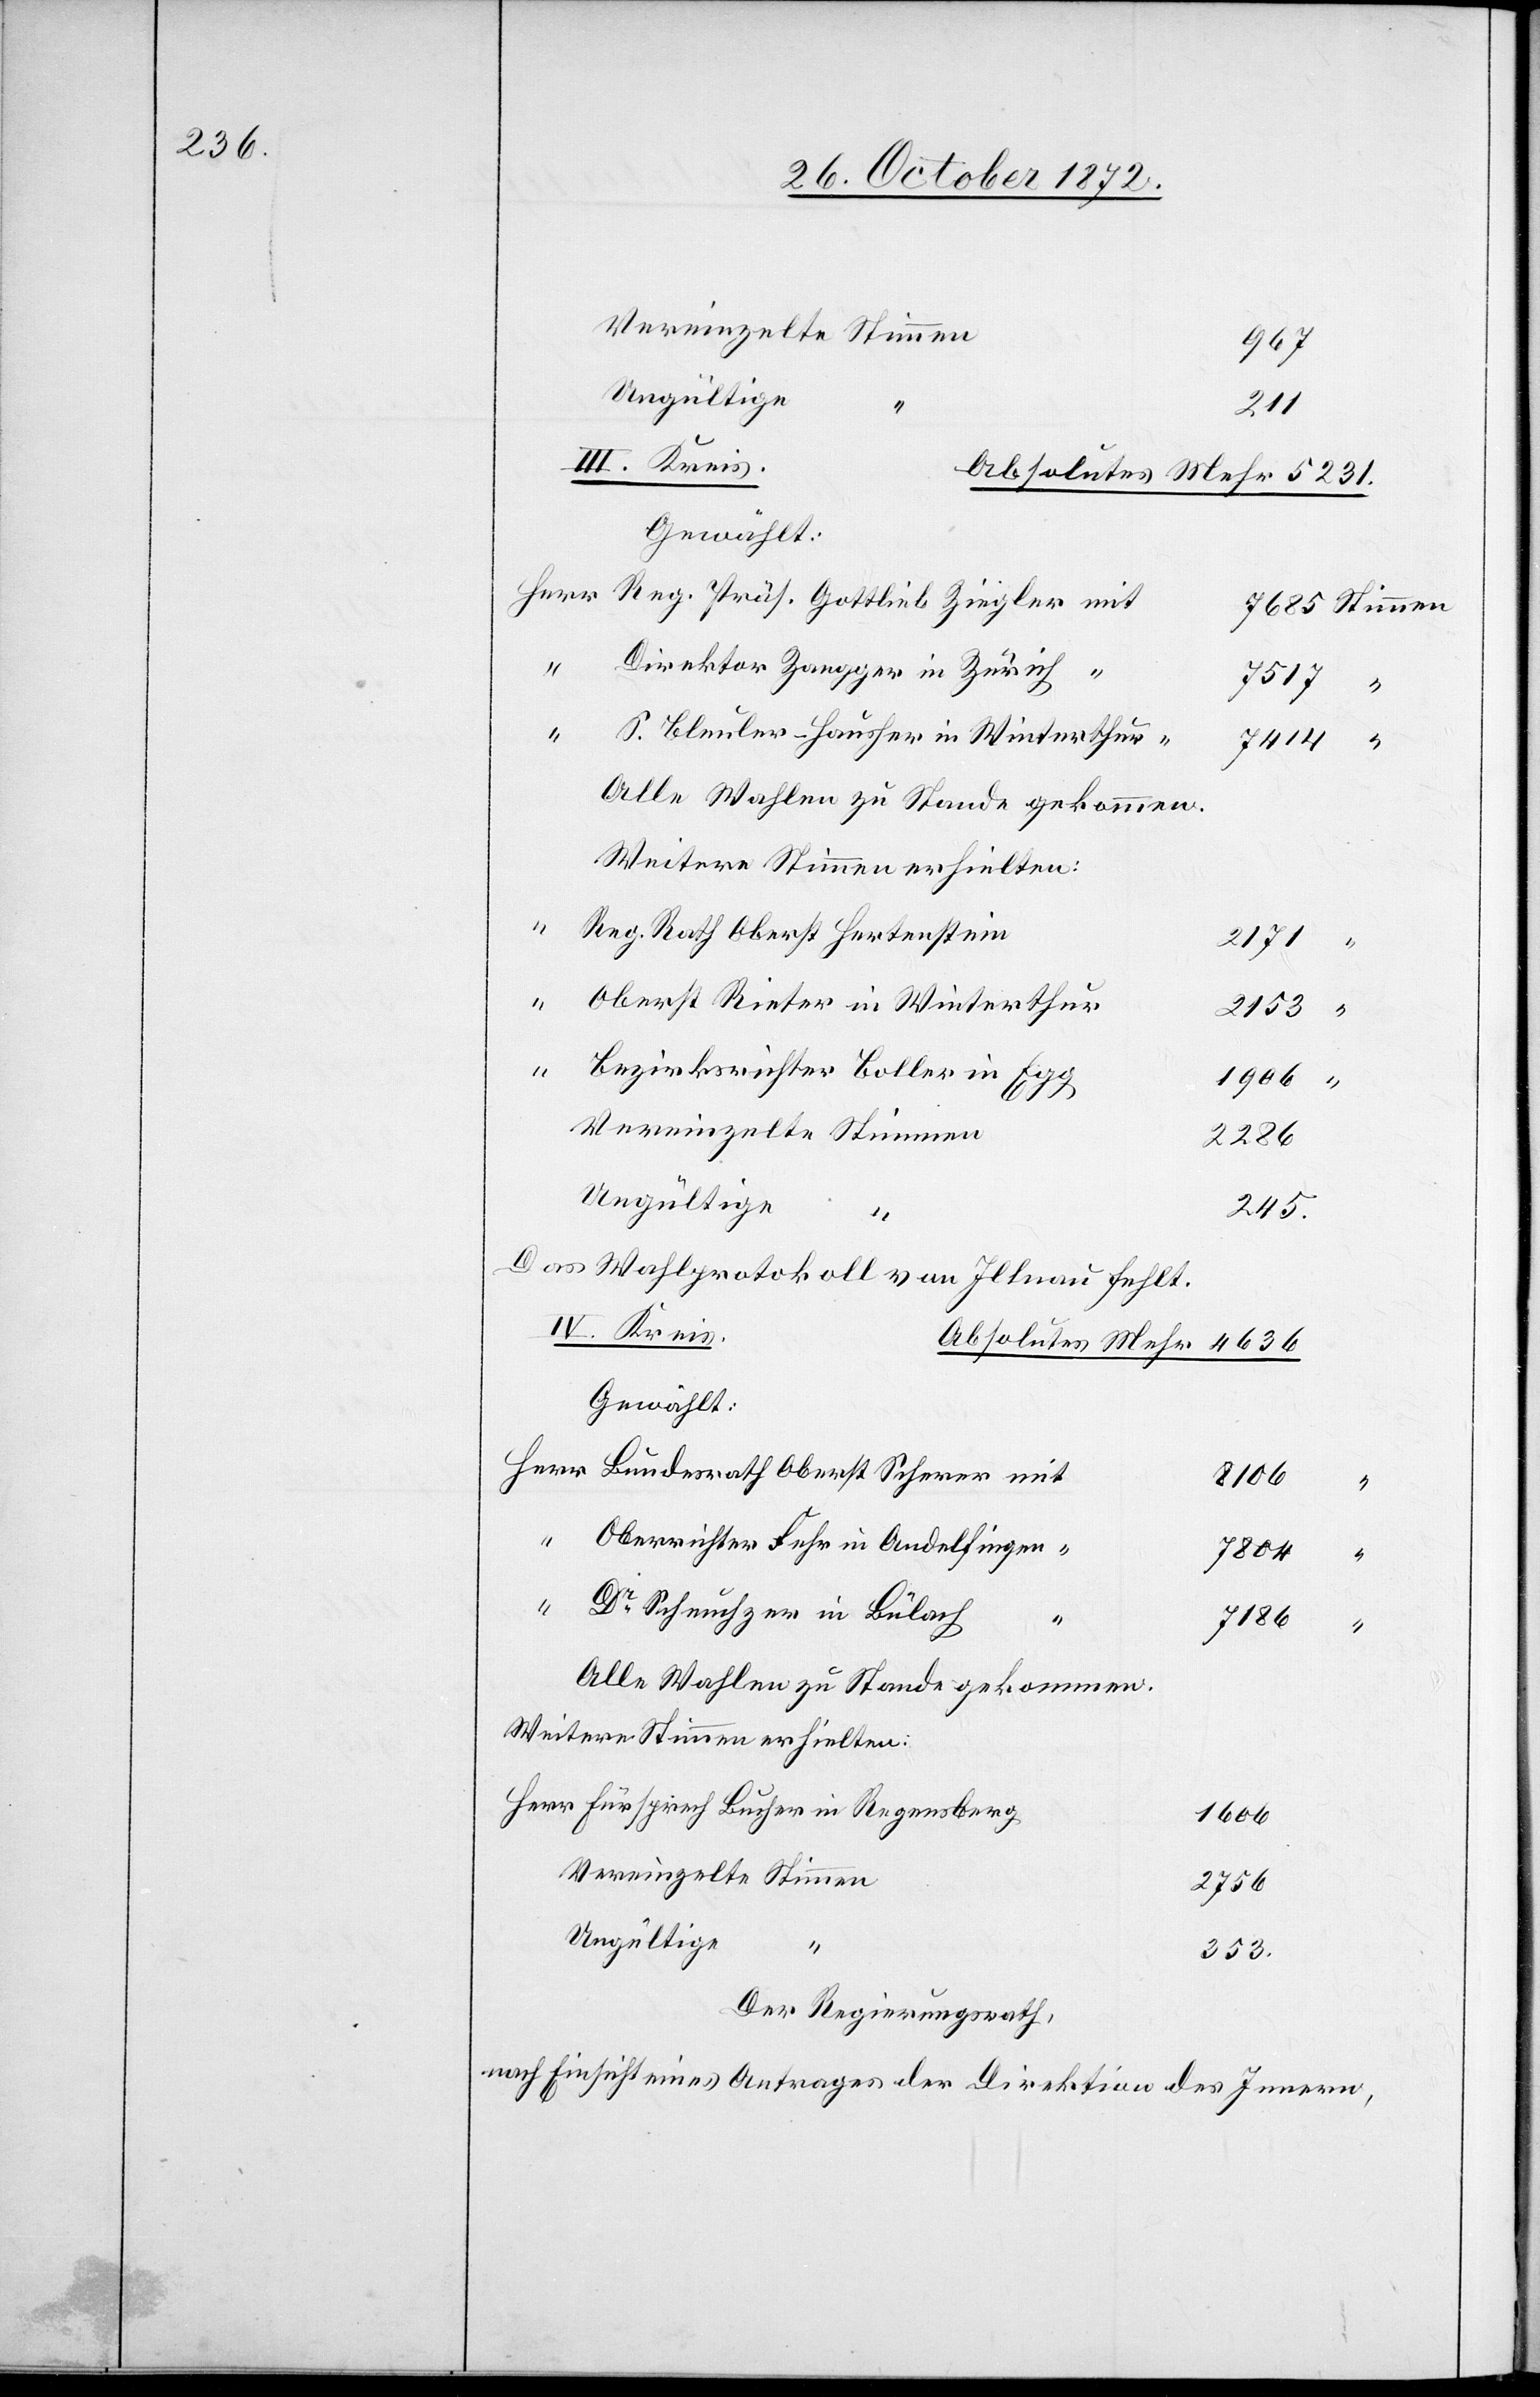
Vereinzelte Stimmen
967
Ungültige
mit
Direktor Zangger in Zürich
7517
Reg.
S. Bleuler-Hausher in Winterthur “
7414
Alle Wahlen zu Stande gekommen.
Weitere Stimmen erhielten:
Reg. Rath Oberst Hertenstein
2171
Oberst Rieter in Winterthur
2153
Bezirksrichter Boller in Egg
1606
“
Vereinzelte Stimmen
2286
Ungültige
245
Das Wahlprotokoll von Illnau fehlt.
IV. Kreis
Gewählt:
8106
“
Oberrichter Fehr in Andelfingen “
7804
“
Dr Scheuchzer in Bülach
7186
“
Alle Wahlen zu Stande gekommen.
Vereinzelte Stimmen
2756
Ungültige
“
353
Der Regierungsrath,
nach Einsicht eines Antrages der Direktion des Innern,